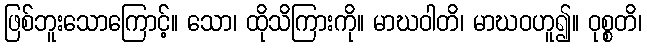
ဖြစ်ဘူးသောကြောင့်။ သော၊ ထိုသိကြားကို။ မာဃဝါတိ၊ မာဃဝဟူ၍။ ဝုစ္စတိ၊